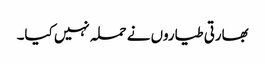
بھارتی طیاروں نے حملہ نہیں کیا۔